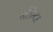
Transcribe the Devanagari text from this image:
सतिन्दर